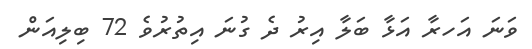
ވަނަ އަހރާ އަޅާ ބަލާ އިރު ދެ ގުނަ އިތުރުވެ 72 ބިލިއަން